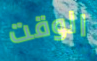
الوقت